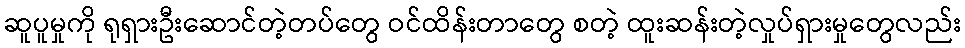
ဆူပူမှုကို ရုရှားဦးဆောင်တဲ့တပ်တွေ ဝင်ထိန်းတာတွေ စတဲ့ ထူးဆန်းတဲ့လှုပ်ရှားမှုတွေလည်း